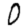
Digit: 0